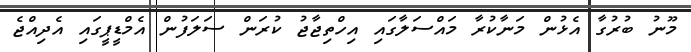
މޫނު ބުރުގާ އެޅުން މަނާކުރާ މައްސަލާގައި އިހްތިޖާޖު ކުރަން ސަލަފުން އެމްޑީޕީގައި އެދިއްޖެ